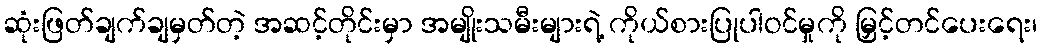
ဆုံးဖြတ်ချက်ချမှတ်တဲ့ အဆင့်တိုင်းမှာ အမျိုးသမီးများရဲ့ ကိုယ်စားပြုပါဝင်မှုကို မြှင့်တင်ပေးရေး၊